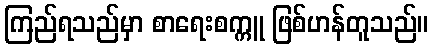
ကြည်ရသည်မှာ စာရေးစက္ကူ ဖြစ်ဟန်တူသည်။